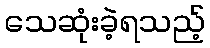
သေဆုံးခဲ့ရသည့်